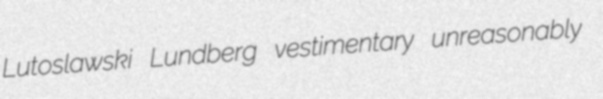
Lutoslawski Lundberg vestimentary unreasonably